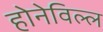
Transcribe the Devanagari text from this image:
होनेविल्ल